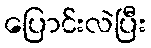
ပြောင်းလဲပြီး